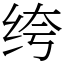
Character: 绔